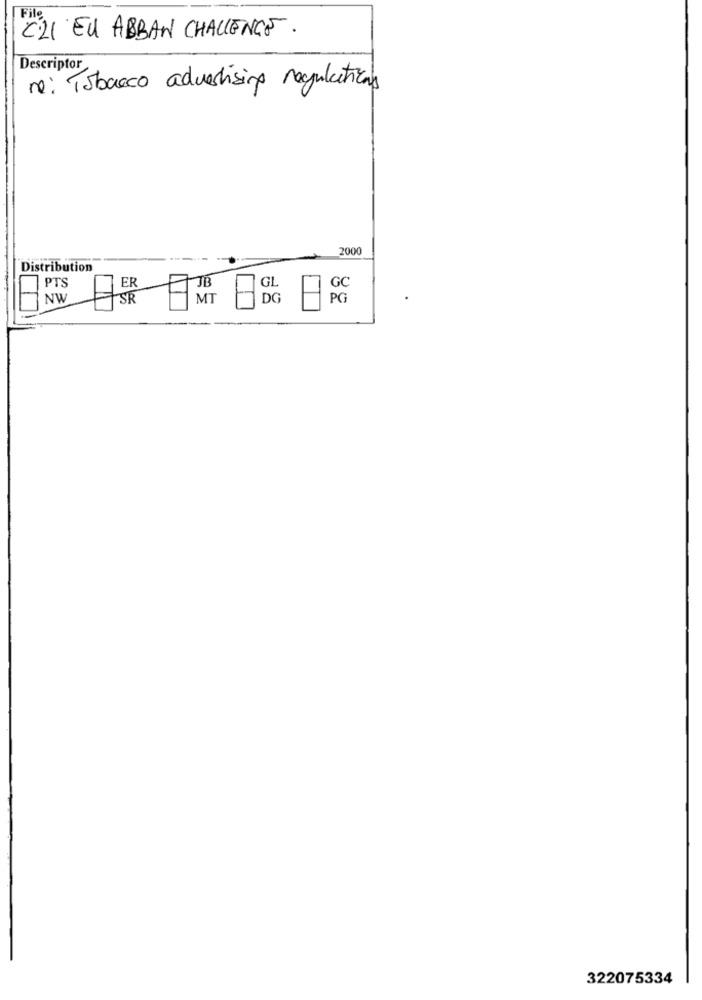
C2I EU ABBAN CHALLENGE.
Descriptor
re: Tobacco advertising regulations
2000
Distribution
PTS
GL
GC
NW
SR
MT
DG
PG
322075334